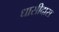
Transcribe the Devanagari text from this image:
धासीदास